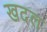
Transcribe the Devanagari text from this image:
खदल